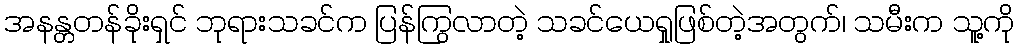
အနန္တတန်ခိုးရှင် ဘုရားသခင်က ပြန်ကြွလာတဲ့ သခင်ယေရှုဖြစ်တဲ့အတွက်၊ သမီးက သူ့ကို